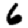
Digit: 6